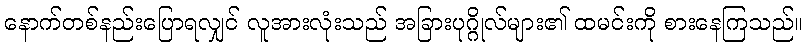
နောက်တစ်နည်းပြောရလျှင် လူအားလုံးသည် အခြားပုဂ္ဂိုလ်များ၏ ထမင်းကို စားနေကြသည်။